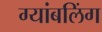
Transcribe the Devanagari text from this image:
ग्यांबलिंग